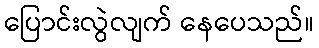
ပြောင်းလွဲလျက် နေပေသည်။